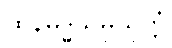
ထိနမိဒ္ဓသမ္ပယုတ္တံ